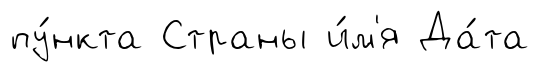
пу́нкта Страны и́м'я Да́та